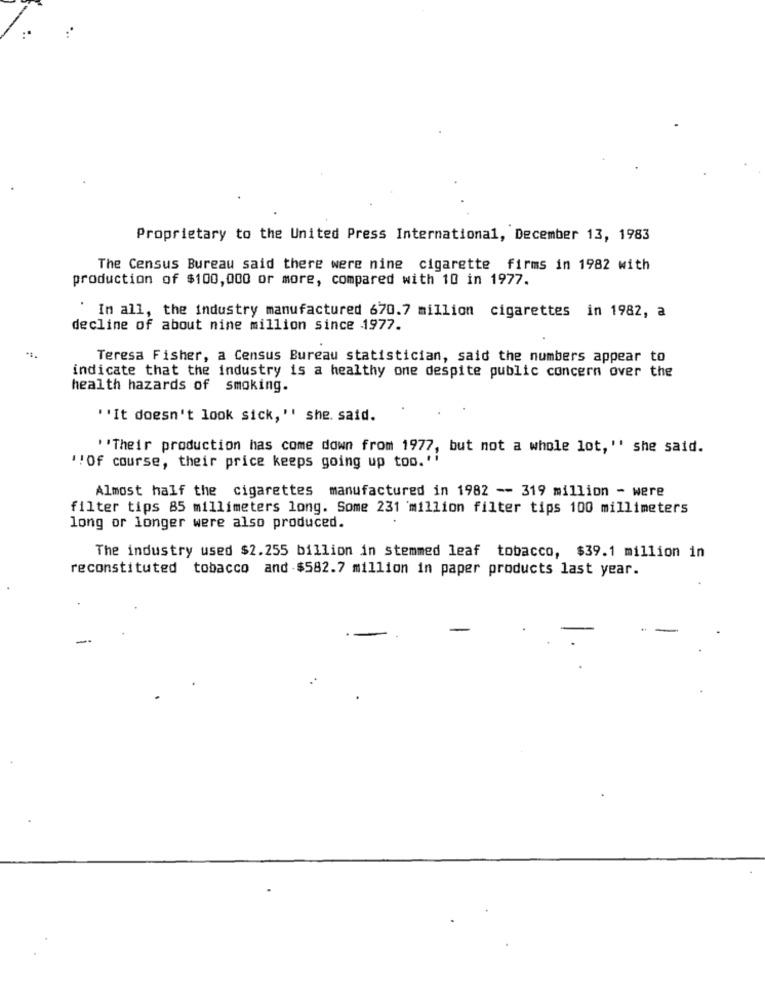
Proprietary to the United Press International, December 13, 1983
The Census Bureau said there were nine cigarette firms in 1982 with
production of $100,000 or more, compared with 10 in 1977.
In all, the industry manufactured 670.7 million cigarettes in 1982, a
decline of about nine million since 1977.
Teresa Fisher, a Census Bureau statistician, said the numbers appear to
indicate that the industry is a healthy one despite public concern over the
health hazards of smoking.
''It doesn't look sick, '' she. said.
''Their production has come down from 1977, but not a whole lot, "' she said.
''Of course, their price keeps going up too.'
Almost half the cigarettes manufactured in 1982 -- 319 million - were
filter tips 85 millimeters long. Some 231 million filter tips 100 millimeters
long or longer were also produced.
The industry used $2.255 billion in stemmed leaf tobacco, $39.1 million in
reconstituted tobacco and $582.7 million in paper products last year.